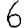
Digit: 6